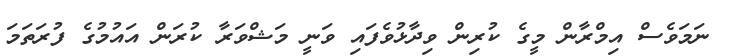
ނަމަވެސް އިމްރާން މީގެ ކުރިން ވިދާޅުވެފައި ވަނީ މަޝްވަރާ ކުރަން އައުމުގެ ފުރަތަމަ